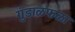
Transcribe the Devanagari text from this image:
गुंडाळफळा